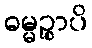
ဓမ္မဉ္စာပိ